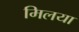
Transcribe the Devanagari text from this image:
मिलया